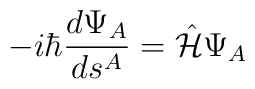
-i\hbar \frac{ d \Psi_{A} }{ d s^{A}} =\hat{\cal H}\Psi_{A}